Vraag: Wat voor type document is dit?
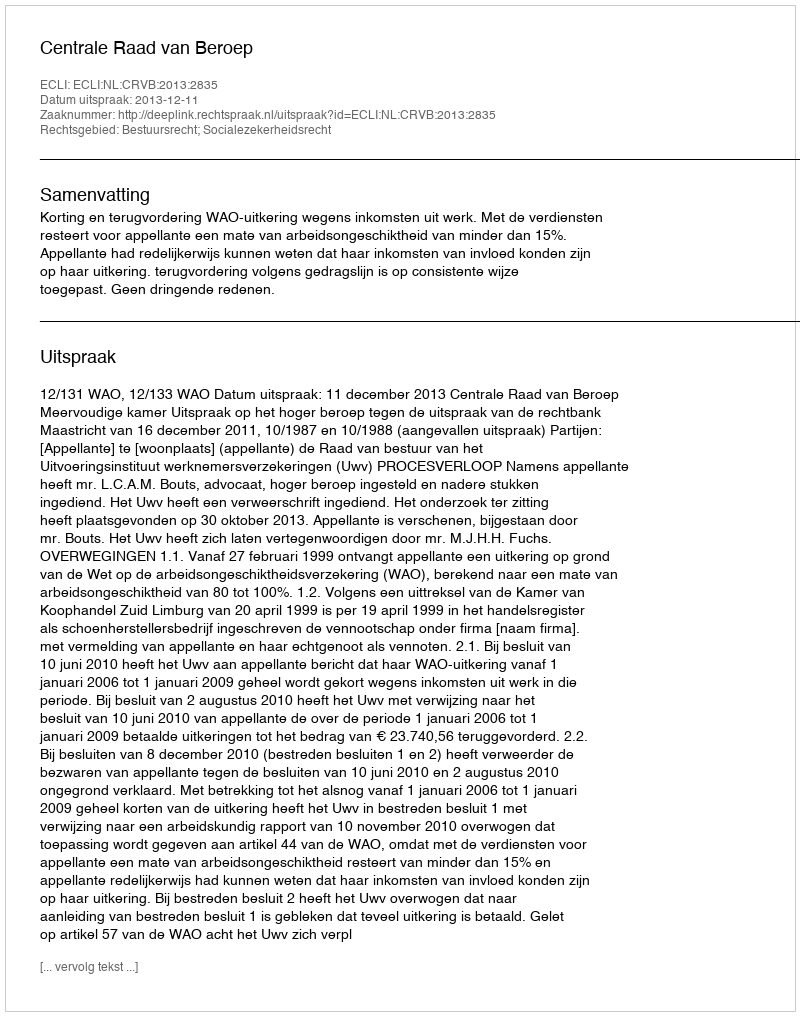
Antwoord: Uitspraak